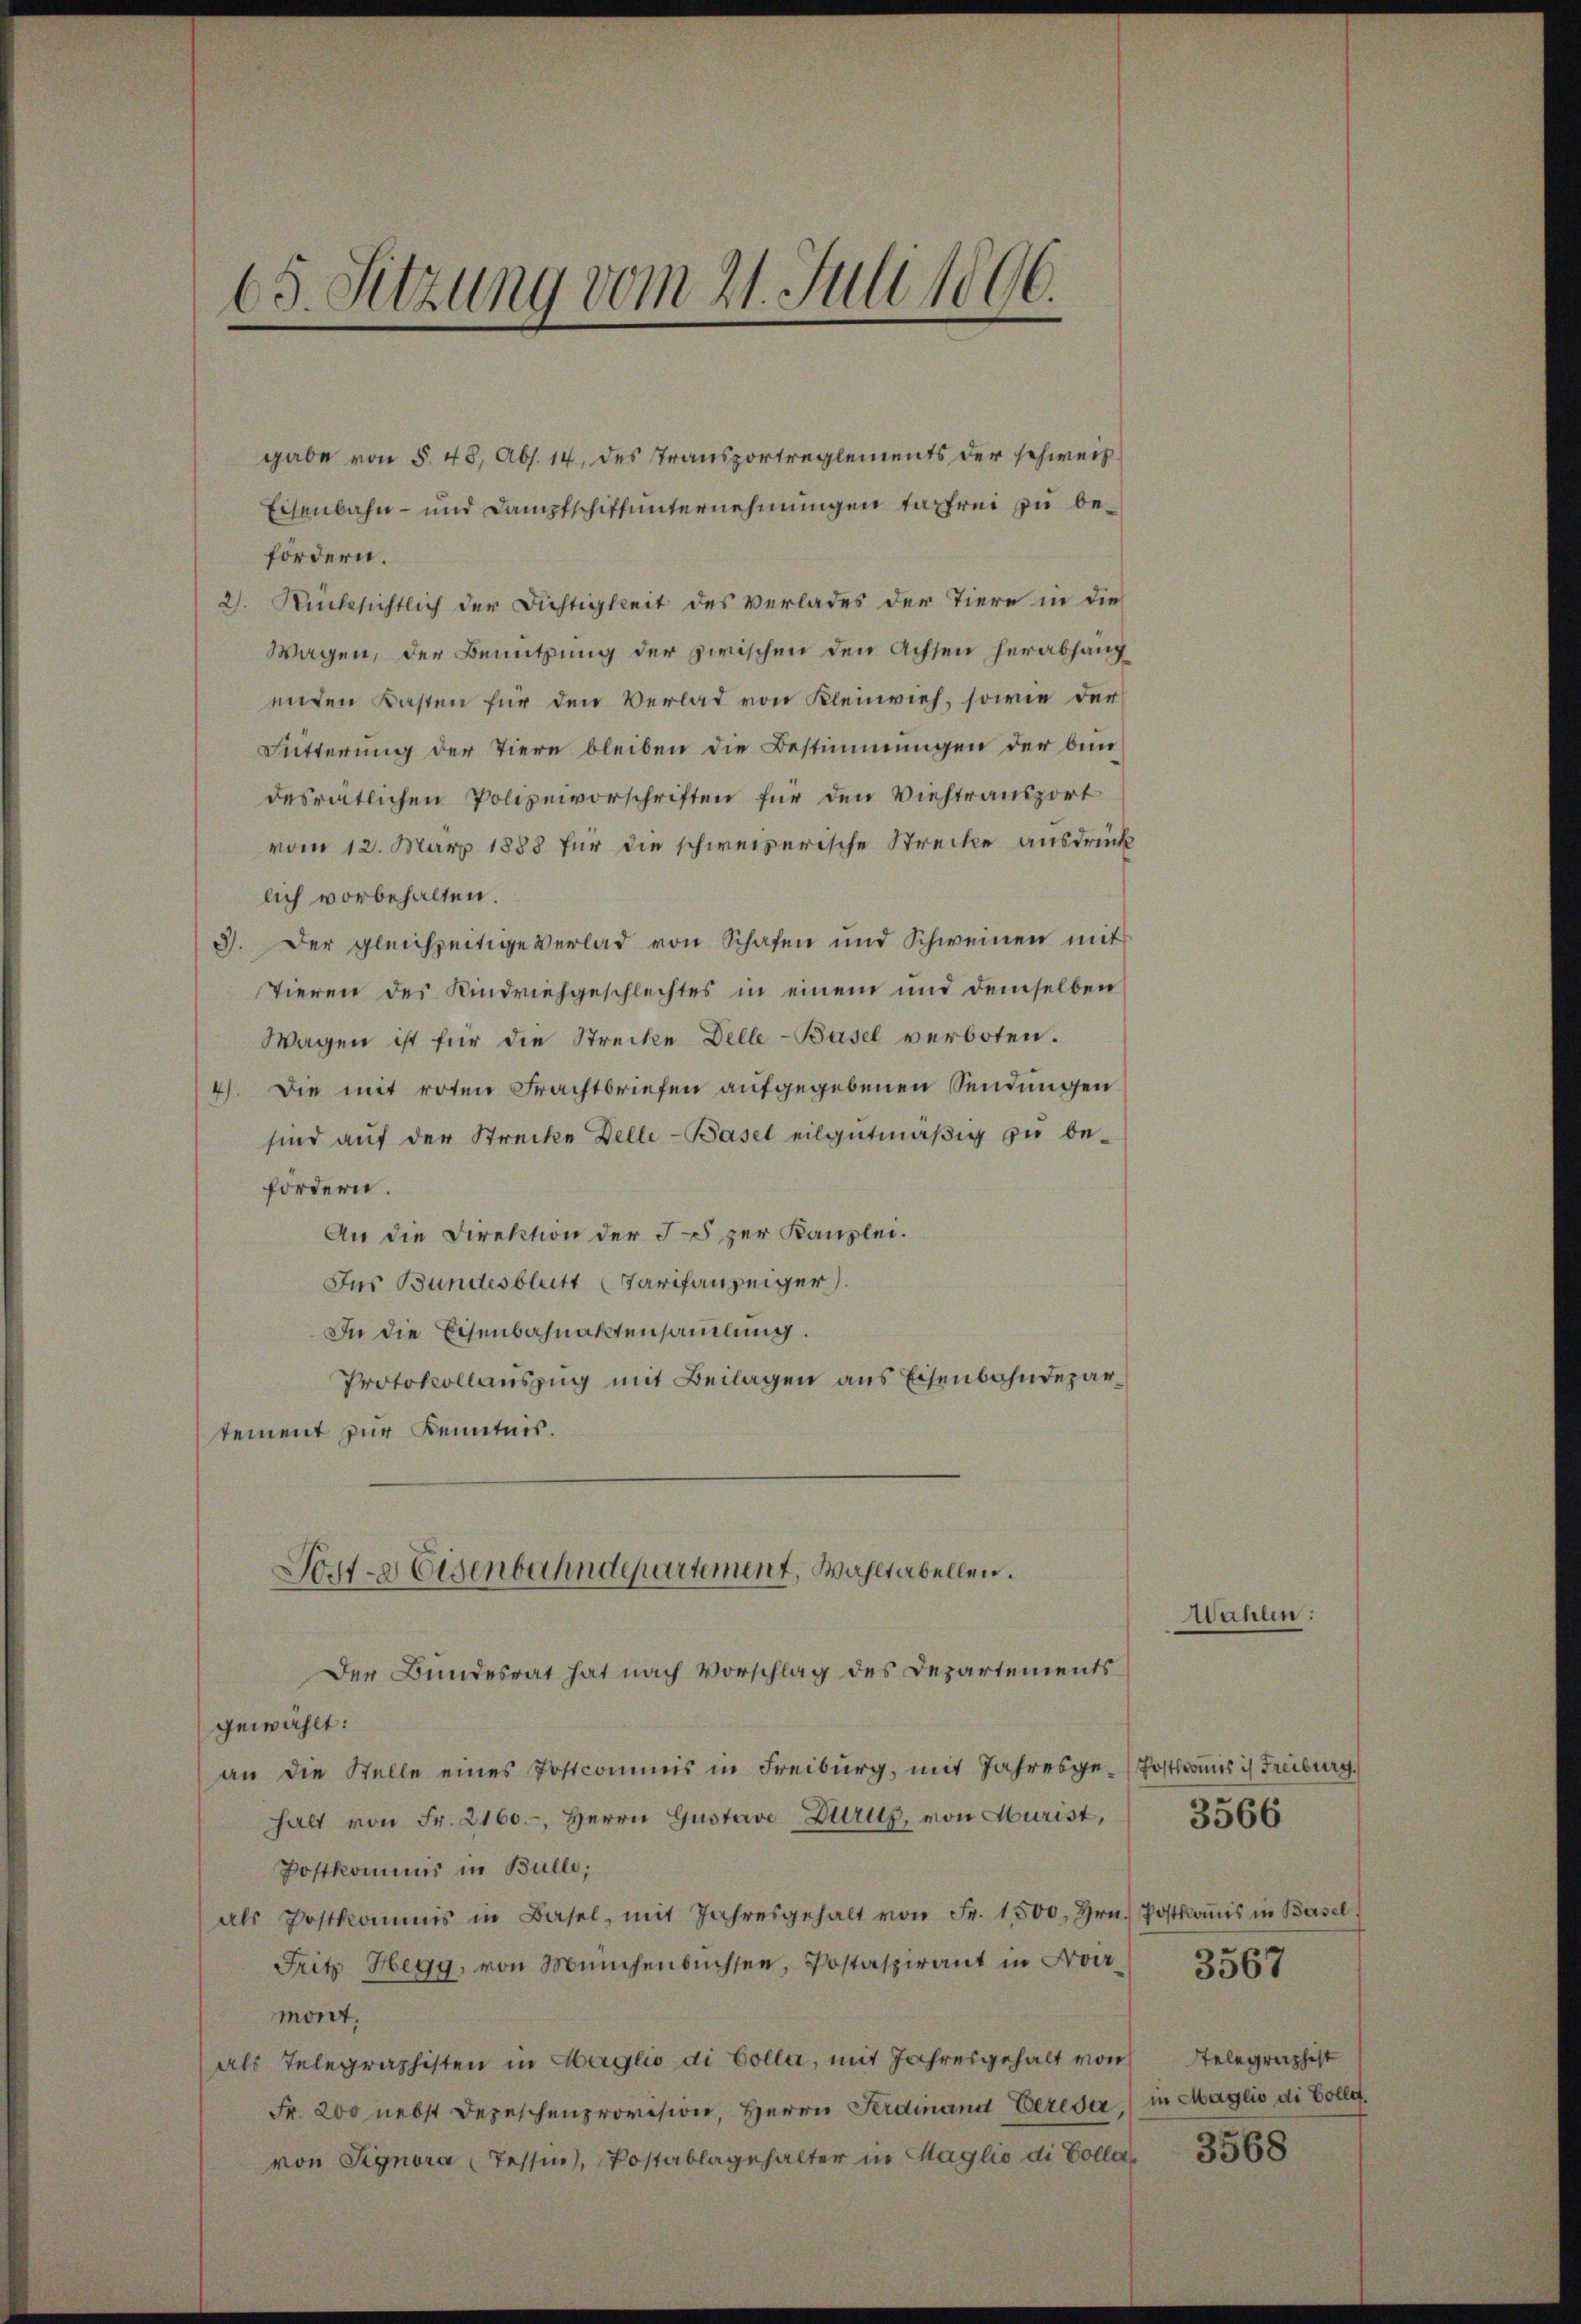
65. Sitzung vom 21. Juli 1896.

gabe von § 48, Abs. 14, des Transportreglements der schweiz.
Eisenbahn- und Dampfschiffunternehmungen tapfrei zu befördern.
2). Rücksichtlich der Dichtigkeit des Verlades der Tiere in die
Wagen, der Benutzung der zwischen den Achten herabhang
enden Kasten für den Verlat von Kleinvieh, sowie der
Fütterung der Tiere bleiben die Bestimmungen der bin
desratlichen Polizeivorschriften für den Viehtransport
vom 12. März 1888 für die schweizerische Strecke ausdrück
lich vorbehalten.
3). Der gleichzeitige Verlad von Schafen und Schweinen mit
Tieren des Kindviehgeschlechtes in einem und demselben
Wagen ist für die Strecke Delle-Basel verboten.
4) Die mit roten Frachtbriefen aufgegebenen Sendungen
sind auf der Strecke Delle-Basel eilgutmäßig zu be-
fördern.
An die Direktion der 55 zur Kanzlei.
Ins Bundesblatt (Tarifanzeiger.
In die Eisenbahnaktensamlung.
Protokollauszug mit Beilagen aus Eisenbahndepartement zur Kenntnis.
Sorte Eisenbahndepartement, Wahltabellen.
Der Bundesrat hat nach Vorschlag des Departements
gewählt:
an die Stelle eines Postcommis in Freiburg, mit Jahresge-Postkas ich Freiburg.
halt von Fr. 2160.-, Herrn Gustave Zurus, von Murist,
Postkommis in Bulle;
als Postkommis in Basel, mit Jahresgehalt von Fr. 1500. Hrn. Postkoṁis in Basel
Fritz Hegg, von Münchenbüchsen, Postaspirant in Formont.
als Telegraphisten in Haglio di Colla, mit Jahresgehalt von Telegraphist
Fr. 200 nebst Depeschenprovision, Herrn Ferdinand Eereser in Maglio di Colle.
von Signora (Tessin, Postablagehalter in Maglio di Colla¬

Wahlen:

3567

3566

3568